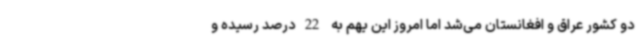
دو کشور عراق و افغانستان می‌شد اما امروز این یهم به 22درصد رسیده و